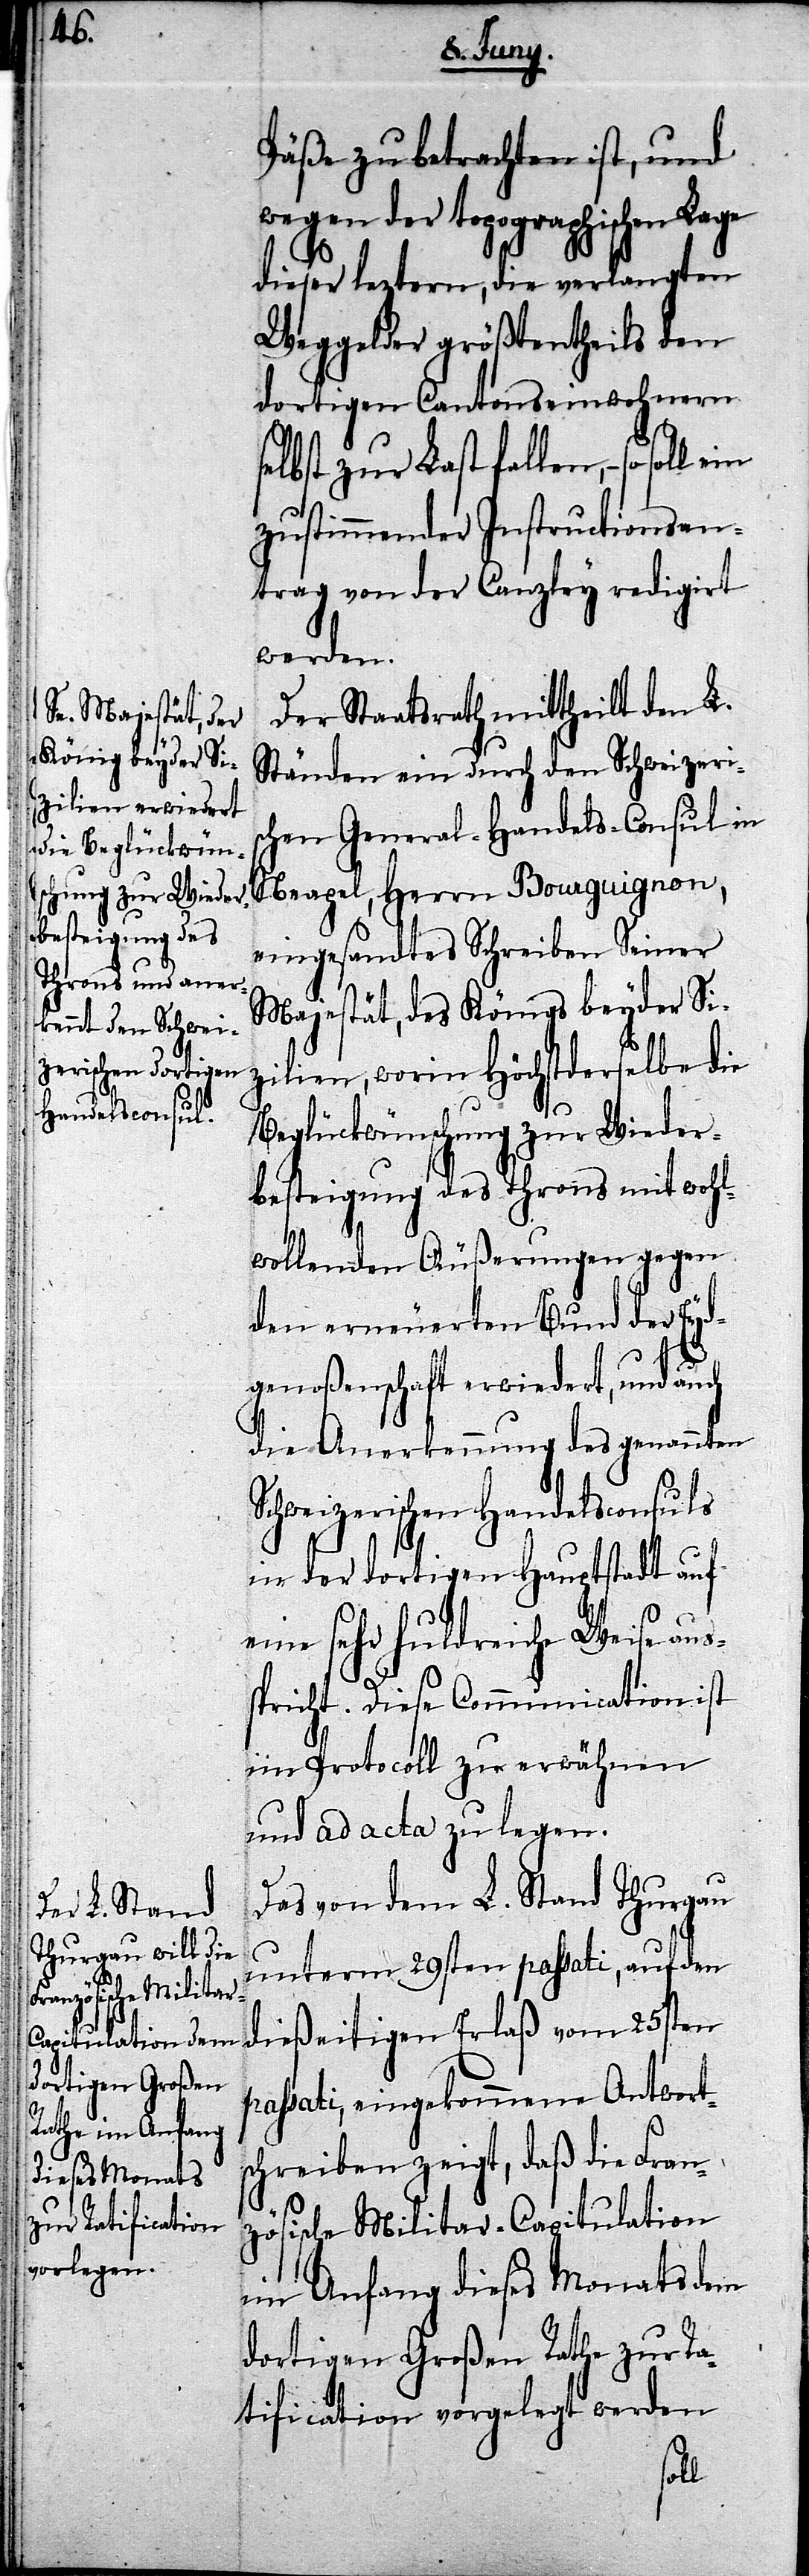
Päße zu betrachten ist, und
wegen der topographischen Lage
dieser leztern, die verlangten
Weggelder größtentheils den
dortigen Cantonseinwohnern
lbst zur Last fallen, – so
zustimmender Instructionsan¬
trag von der Canzley redigirt
werden.
Der Staatsrath mittheilt den L.
Ständen ein durch den Schweizeris¬
chen General-Handels-Consul in
Neapel, Herrn Bourguignon,
eingesandtes Schreiben Seiner
Majestät, des Königs beyder Siz¬
ilien, worin Höchstderselbe die
Beglückwünschung zur Wieder¬
besteigung des Throns mit wohl¬
wollenden Äußerungen gegen
den erneuerten Bund der Eyd¬
genoßenschaft erwiedert, und auch
die Anerkennung des genannten
Schweizerischen Handelsconsuls
in der dortigen Hauptstadt auf
eine sehr huldreiche Weise aus¬
spricht. Diese Communication ist
im Protocoll zu erwähnen
und ad acta zu legen.
Das von dem L. Stand Thurgau
unterm 29sten passati, auf den
25sten pas¬
sati, eingekommene Antwort¬
schreiben zeigt, daß die Fran¬
zösische Militar-Capitulation
im Anfang dieses Monats dem
dortigen Großen Rathe zur Ra¬
tification vorgelegt werden
soll